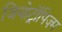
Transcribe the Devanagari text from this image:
जियोट्रॉपिज़्म